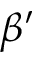
\beta ^ { \prime }